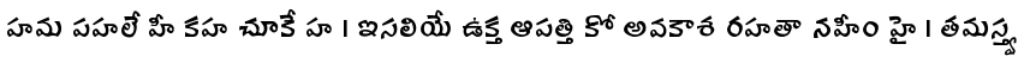
హమ పహలే హీ కహ చూకే హ । ఇసలియే ఉక్త ఆపత్తి కో అవకాశ రహతా నహీం హై । తమస్త్వ